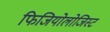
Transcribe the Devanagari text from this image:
फिजियोलोजिस्ट